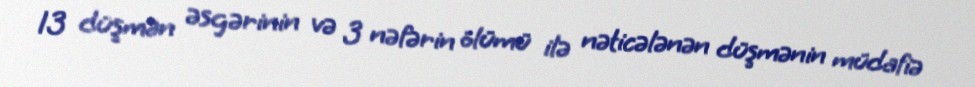
13 düşmən əsgərinin və 3 nəfərin ölümü ilə nəticələnən düşmənin müdafiə